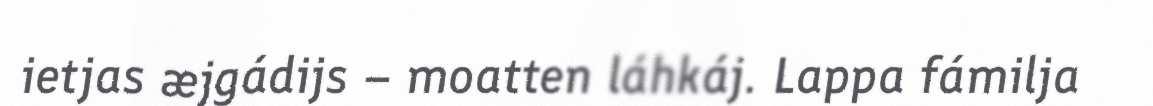
ietjas æjgádijs – moatten láhkáj. Lappa fámilja